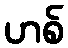
ဟစ်